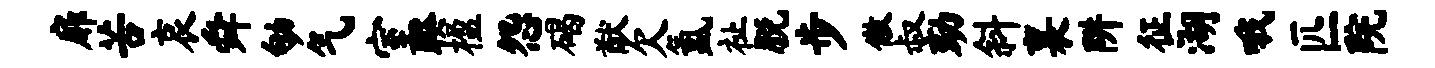
扉苦哀舜劬气室睽楹怨碣猷欠氲祉脱步傲叔劾斜襄阱征湖哦匹院